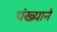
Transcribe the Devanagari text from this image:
पंख्याने